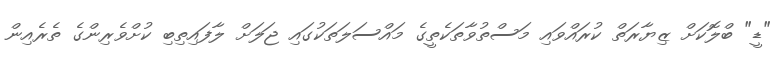
"ޑީ" ބްލޮކަށް ޒިޔާރަތް ކުރައްވައި މަސްތުވާތަކެތީގެ މައްސަލަތަކުގައި ޖަލަށް ލާފައިތިބި ކުށްވެރިންގެ ތެރެއިން